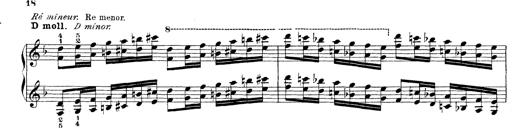
Title: Technische Studien
Composer: Franz Liszt